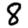
Digit: 8